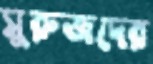
সুরুজদের